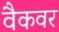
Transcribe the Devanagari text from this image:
वैकवर